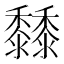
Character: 𪐐